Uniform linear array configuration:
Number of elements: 24
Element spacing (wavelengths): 0.75
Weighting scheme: hamming
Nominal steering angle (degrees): -45
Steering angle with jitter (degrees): -43.009
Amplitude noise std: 0.05
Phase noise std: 0.05

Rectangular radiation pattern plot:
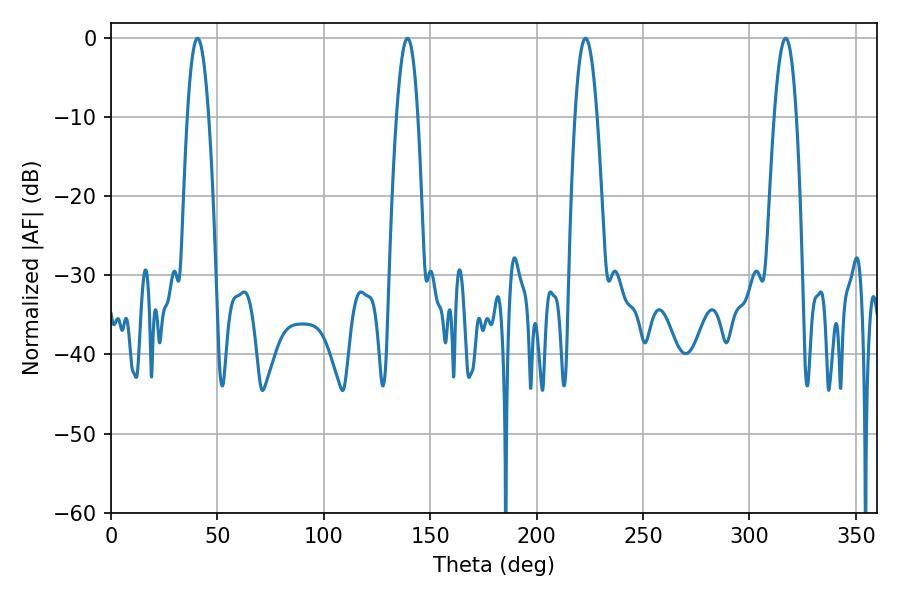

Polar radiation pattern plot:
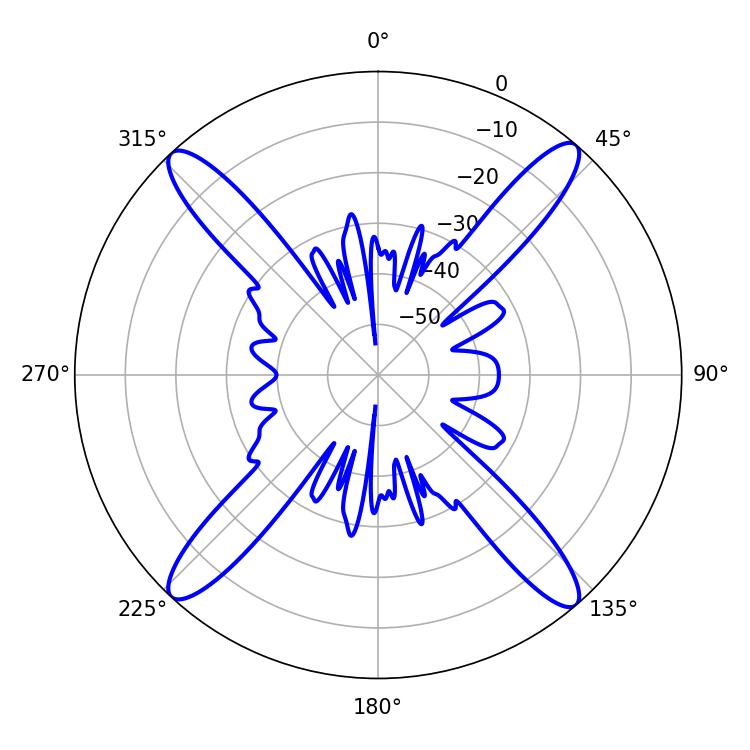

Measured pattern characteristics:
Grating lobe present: TRUE
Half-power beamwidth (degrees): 5.58
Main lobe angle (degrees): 40.68